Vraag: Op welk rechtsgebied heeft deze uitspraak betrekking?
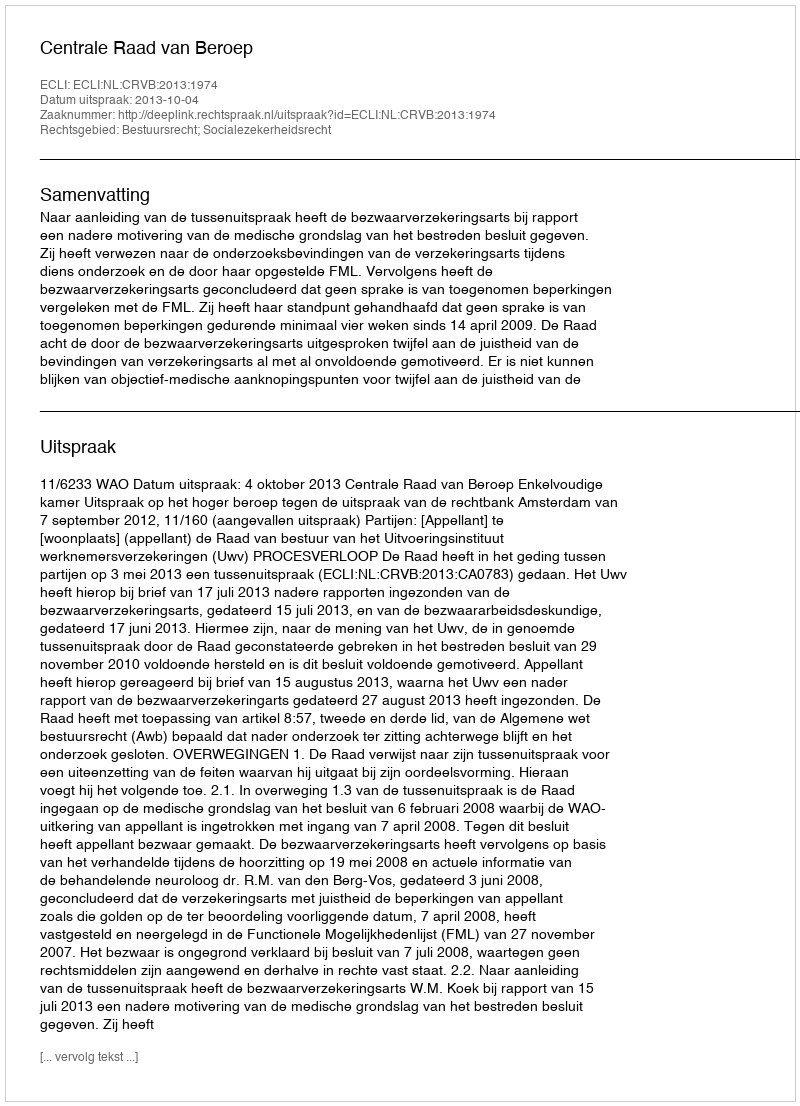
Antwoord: Bestuursrecht; Socialezekerheidsrecht